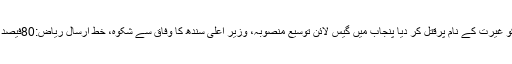
رؤوف کلاسرا اسلام آباد : باپ نے 15 سالہ بیٹی کو غیرت کے نام پرقتل کر دیا پنجاب میں گیس لائن توسیع منصوبہ، وزیر اعلیٰ سندھ کا وفاق سے شکوہ، خط ارسال ریاض:80فیصد بیماریاں ناقص کھانے کی وجہ سے پیدا ہوتی ہیں۔